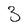
Character: 3